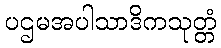
ပဌမအပါသာဒိကသုတ္တံ